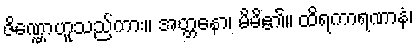
ဇိဏ္ဏောဟူသည်ကား။ အတ္တနော၊ မိမိ၏။ ထိရကာရဏာနံ၊